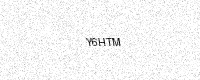
Text: Y6HTM